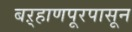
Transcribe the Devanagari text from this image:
बऱ्हाणपूरपासून